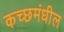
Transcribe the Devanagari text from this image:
कच्छमंधील